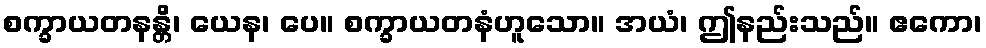
စက္ခာယတနန္တိ၊ ယေန၊ ပေ။ စက္ခာယတနံဟူသော။ အယံ၊ ဤနည်းသည်။ ဧကော၊